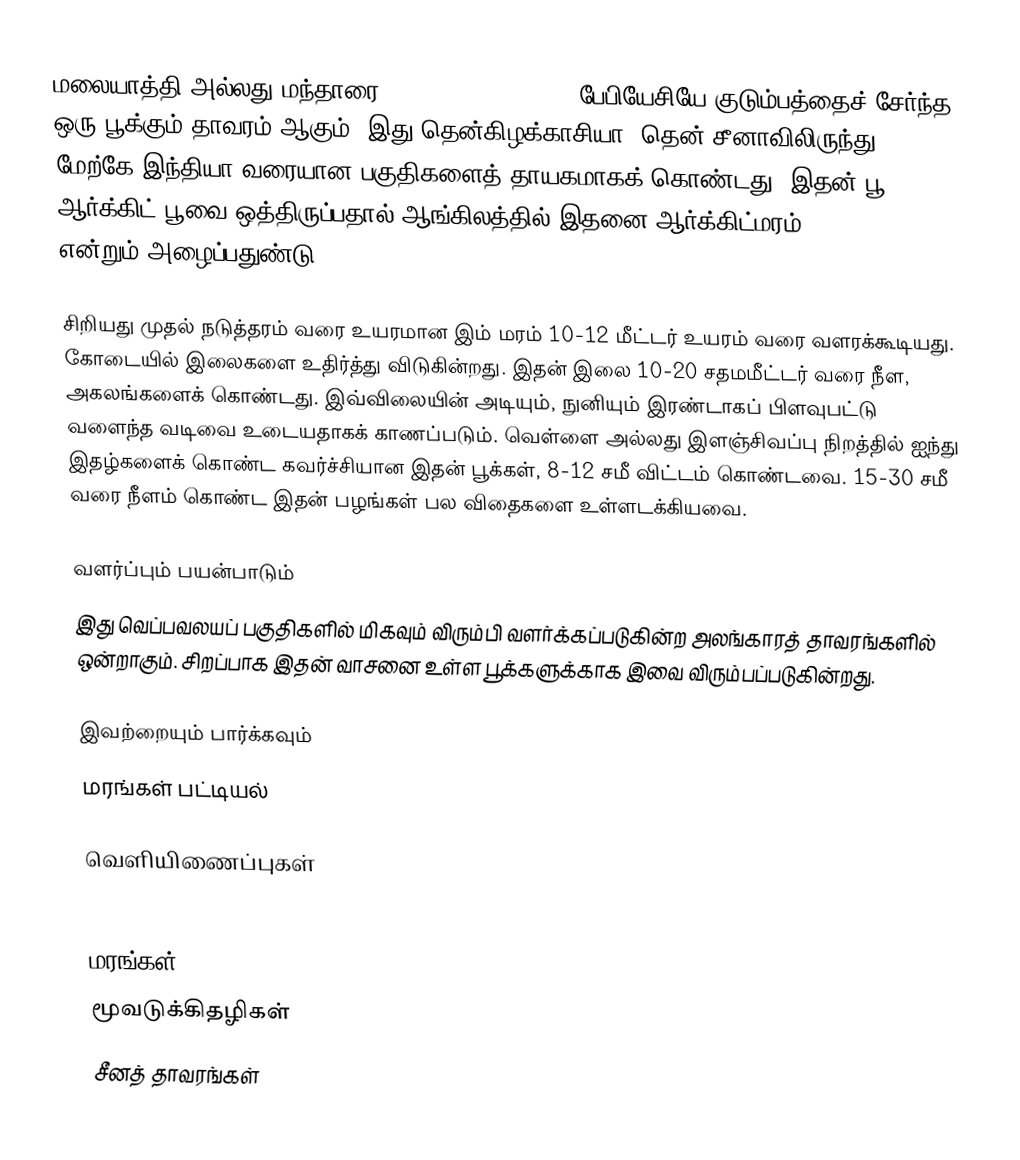
மலையாத்தி அல்லது மந்தாரை (Bauhinia variegata) பேபியேசியே குடும்பத்தைச் சேர்ந்த ஒரு பூக்கும் தாவரம் ஆகும். இது தென்கிழக்காசியா, தென் சீனாவிலிருந்து மேற்கே இந்தியா வரையான பகுதிகளைத் தாயகமாகக் கொண்டது. இதன் பூ, ஆர்க்கிட் பூவை ஒத்திருப்பதால் ஆங்கிலத்தில் இதனை ஆர்க்கிட்மரம் (Orchidtree) என்றும் அழைப்பதுண்டு.

சிறியது முதல் நடுத்தரம் வரை உயரமான இம் மரம் 10-12 மீட்டர் உயரம் வரை வளரக்கூடியது. கோடையில் இலைகளை உதிர்த்து விடுகின்றது. இதன் இலை 10-20 சதமமீட்டர் வரை நீள, அகலங்களைக் கொண்டது. இவ்விலையின் அடியும், நுனியும் இரண்டாகப் பிளவுபட்டு வளைந்த வடிவை உடையதாகக் காணப்படும். வெள்ளை அல்லது இளஞ்சிவப்பு நிறத்தில் ஐந்து இதழ்களைக் கொண்ட கவர்ச்சியான இதன் பூக்கள், 8-12 சமீ விட்டம் கொண்டவை. 15-30 சமீ வரை நீளம் கொண்ட இதன் பழங்கள் பல விதைகளை உள்ளடக்கியவை.

வளர்ப்பும் பயன்பாடும்
இது வெப்பவலயப் பகுதிகளில் மிகவும் விரும்பி வளர்க்கப்படுகின்ற அலங்காரத் தாவரங்களில் ஒன்றாகும். சிறப்பாக இதன் வாசனை உள்ள பூக்களுக்காக இவை விரும்பப்படுகின்றது.

இவற்றையும் பார்க்கவும்
 மரங்கள் பட்டியல்

வெளியிணைப்புகள்
Germplasm Resources Information Network: Bauhinia variegata

மரங்கள்
மூவடுக்கிதழிகள்
சீனத் தாவரங்கள்